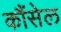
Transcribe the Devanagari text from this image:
कौंसेल